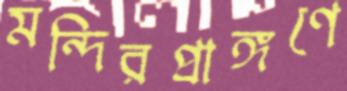
মন্দিরপ্রাঙ্গণে